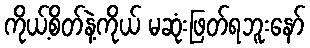
ကိုယ့်စိတ်နဲ့ကိုယ် မဆုံးဖြတ်ရဘူးနော်